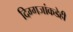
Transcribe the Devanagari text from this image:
दिग्गजांकडेही